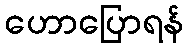
ဟောပြောရန်